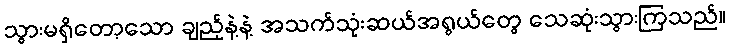
သွားမရှိတော့သော ချည့်နဲ့နဲ့ အသက်သုံးဆယ်အရွယ်တွေ သေဆုံးသွားကြသည်။